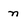
Character: n